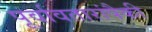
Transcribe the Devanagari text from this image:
पूर्वावतारांपैकी